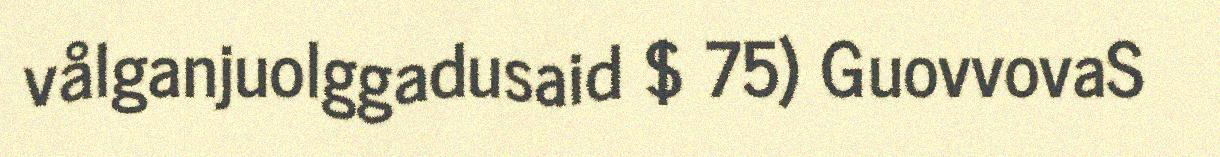
vålganjuolggadusaid $ 75) GuovvovaS